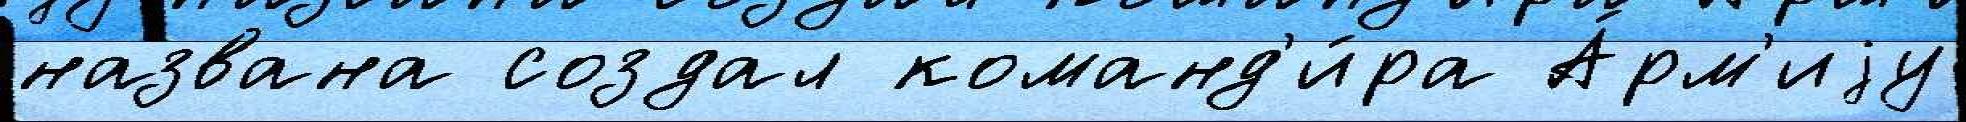
названа создал команд'и́ра А́рм'иjу